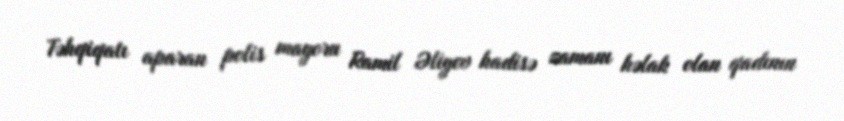
Təhqiqatı aparan polis mayoru Ramil Əliyev hadisə zamanı həlak olan qadının